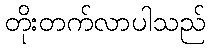
တိုးတက်လာပါသည်